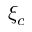
\xi _ { c }